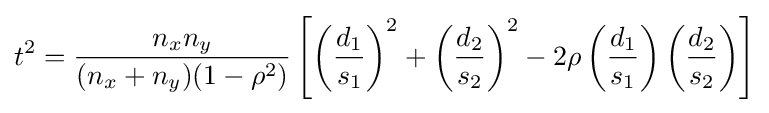
t^{2}={\frac {n_{x}n_{y}}{(n_{x}+n_{y})(1-\rho ^{2})}}\left[\left({\frac {d_{1}}{s_{1}}}\right)^{2}+\left({\frac {d_{2}}{s_{2}}}\right)^{2}-2\rho \left({\frac {d_{1}}{s_{1}}}\right)\left({\frac {d_{2}}{s_{2}}}\right)\right]